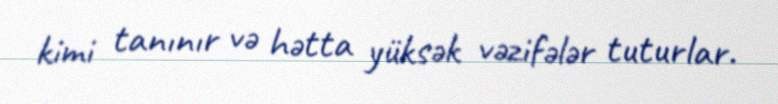
kimi tanınır və hətta yüksək vəzifələr tuturlar.